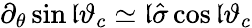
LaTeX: \partial_{\theta}\sin\mathfrak{l}\vartheta_{c}\simeq\mathfrak{l}\hat{{\sigma}}\cos\mathfrak{l}\vartheta_{c}